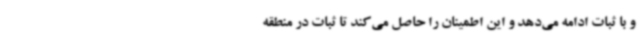
و با ثبات ادامه می‌دهد و این اطمینان را حاصل می‌کند تا ثبات در منطقه